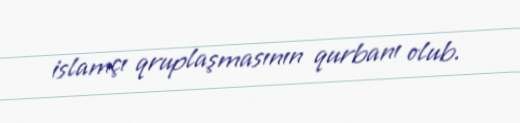
islamçı qruplaşmasının qurbanı olub.